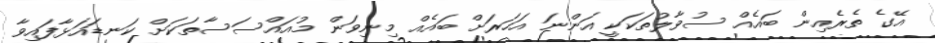
އޭގެ ތެރެއިން ބައެއް ސުވާލުތަކަކީ އަންނަ އަހަރަށް ބައެއް މިނިވަން މުއައްސަސާތަކަށް ކަނޑައަޅާފައިވާ